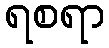
ရစရာ